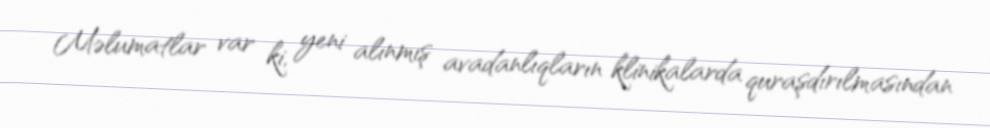
Məlumatlar var ki, yeni alınmış avadanlıqların klinikalarda quraşdırılmasından